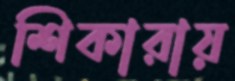
শিকারায়